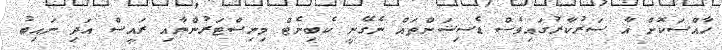
ހާއްސަކޮށް އާ ސަރުކާރުގައިވެސް ޑެސިޝަންތައް ނެގޭނީ ކެބިނެޓް މިނިސްޓަރުންނާއި ރައީސް އަދި ނައިބު